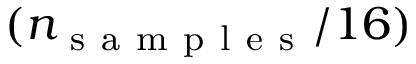
( n _ { \mathrm { ~ s ~ a ~ m ~ p ~ l ~ e ~ s ~ } } / 1 6 )